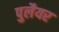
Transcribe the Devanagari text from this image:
पुलैयर